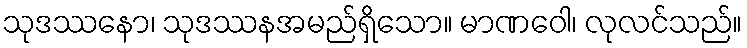
သုဒဿနော၊ သုဒဿနအမည်ရှိသော။ မာဏဝေါ၊ လုလင်သည်။